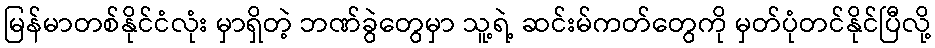
မြန်မာတစ်နိုင်ငံလုံး မှာရှိတဲ့ ဘဏ်ခွဲတွေမှာ သူ့ရဲ့ ဆင်းမ်ကတ်တွေကို မှတ်ပုံတင်နိုင်ပြီလို့